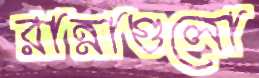
রান্নাগুলো